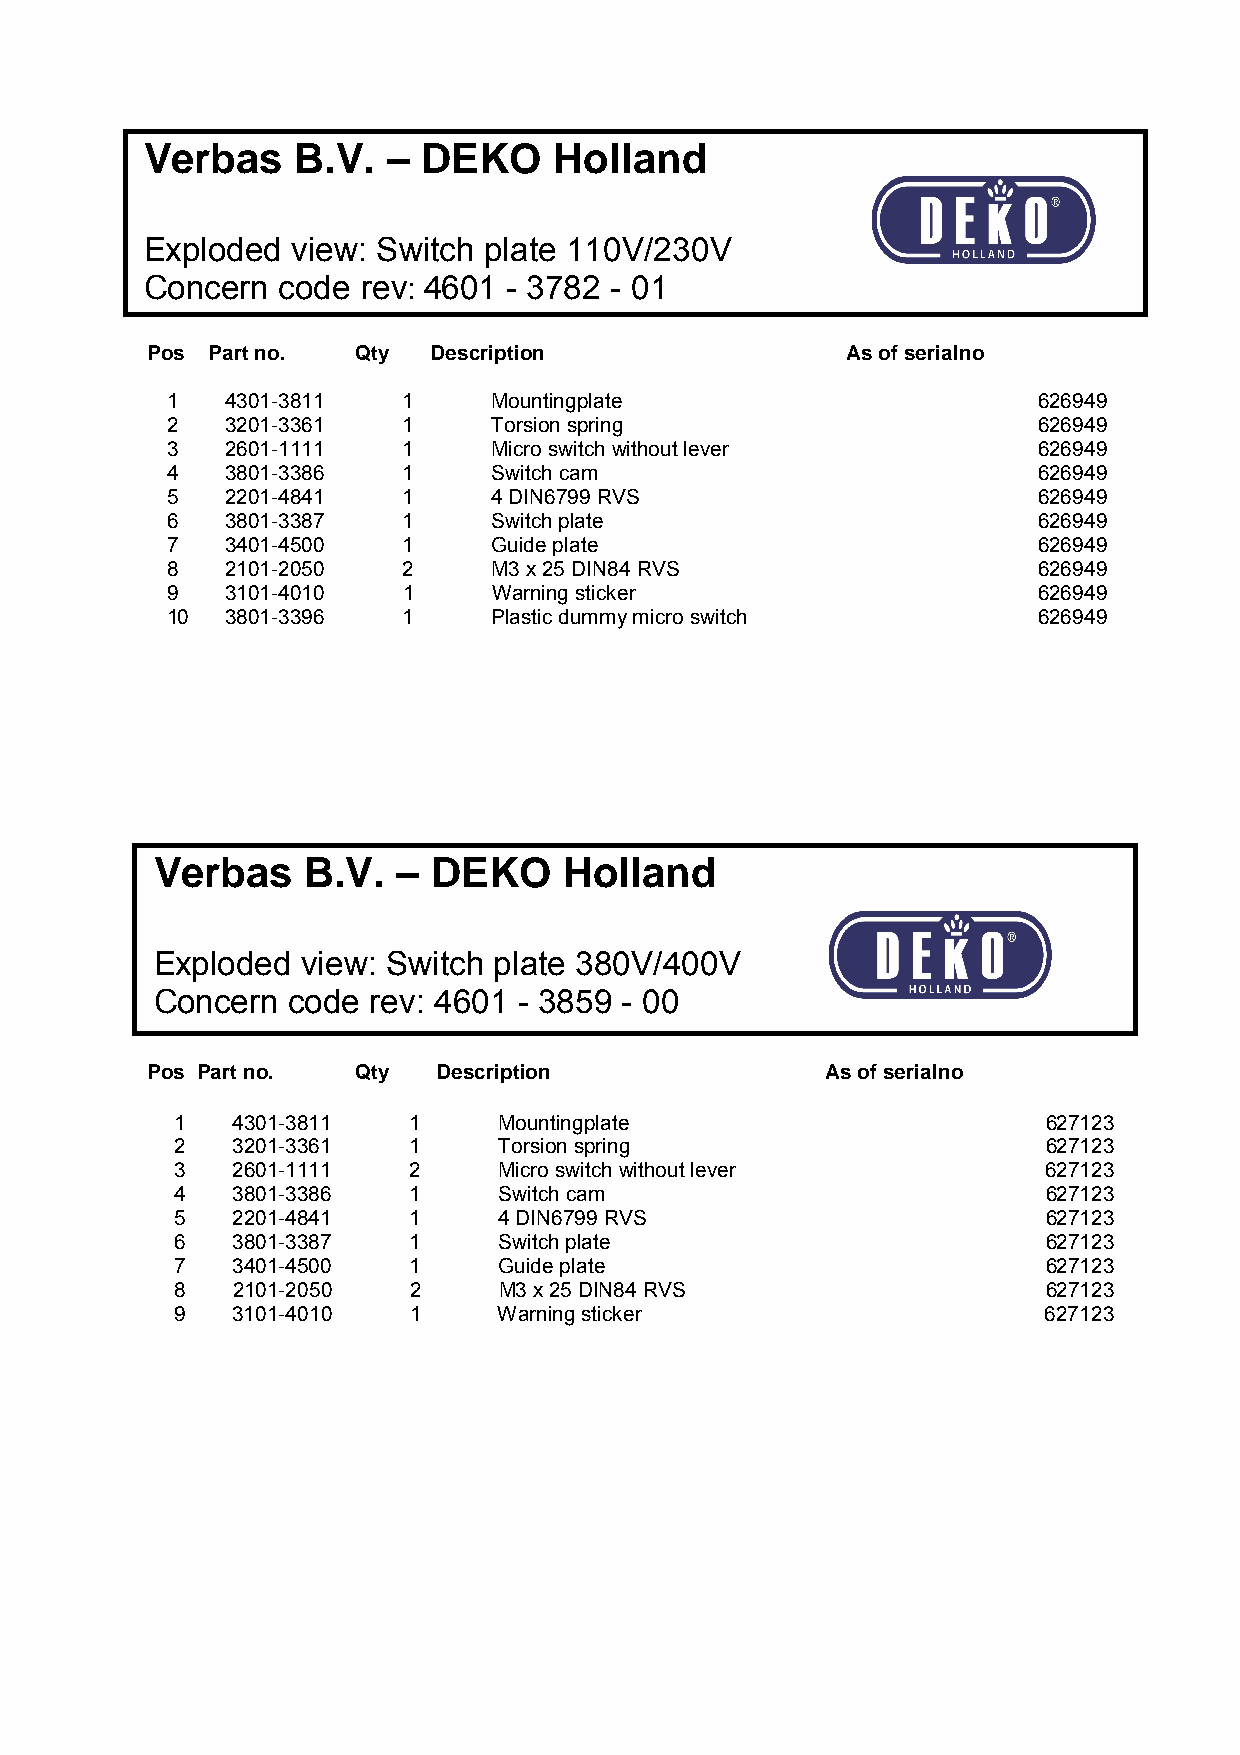
Verbas    B.V.  – DEKO     Holland
 Exploded view: Switch plate 110V/230V
 Concern code  rev: 4601 - 3782 - 01
 Pos Part no.  Qty  Description                As of serialno
 1   4301-3811   1     Mountingplate                       626949
 2   3201-3361   1     Torsion spring                      626949
 3   2601-1111   1     Micro switch without lever          626949
 4   3801-3386   1     Switch cam                          626949
 5   2201-4841   1     4 DIN6799 RVS                       626949
 6   3801-3387   1     Switch plate                        626949
 7   3401-4500   1     Guide plate                         626949
 8   2101-2050   2     M3 x 25 DIN84 RVS                   626949
 9   3101-4010   1     Warning sticker                     626949
 10  3801-3396   1     Plastic dummy micro switch          626949
 Verbas    B.V.  –  DEKO    Holland
 Exploded  view: Switch plate 380V/400V
 Concern  code  rev: 4601 - 3859 - 00
 Pos Part no.  Qty  Description               As of serialno
 1  4301-3811   1     Mountingplate                       627123
 2  3201-3361   1     Torsion spring                      627123
 3  2601-1111   2     Micro switch without lever          627123
 4  3801-3386   1     Switch cam                          627123
 5  2201-4841   1     4 DIN6799 RVS                       627123
 6  3801-3387   1     Switch plate                        627123
 7  3401-4500   1     Guide plate                         627123
 8  2101-2050   2     M3 x 25 DIN84 RVS                   627123
 9  3101-4010   1     Warning sticker                     627123